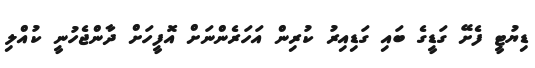
ޑިޔުޓީ ފެށޭ ގަޑީގެ ބައި ގަޑިއިރު ކުރިން އަހަރެންނަށް އޮފީހަށް ދާންޖެހުނީ ކުއްލި